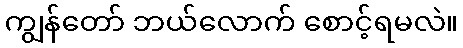
ကျွန်တော် ဘယ်လောက် စောင့်ရမလဲ။